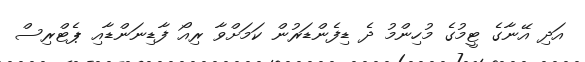
އަދި އޭނާގެ ޓީމުގެ މުހިންމު ދެ ޑިފެންޑަރުން ކަމަށްވާ ރިއޯ ފާޑިނަންޑާއި ޕެޓްރިސް